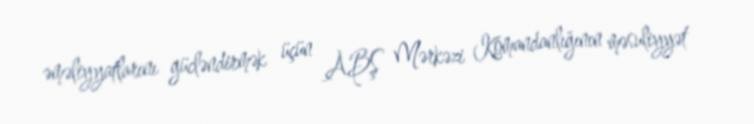
əməliyyatlarını gücləndirmək üçün ABŞ Mərkəzi Komandanlığının məsuliyyət